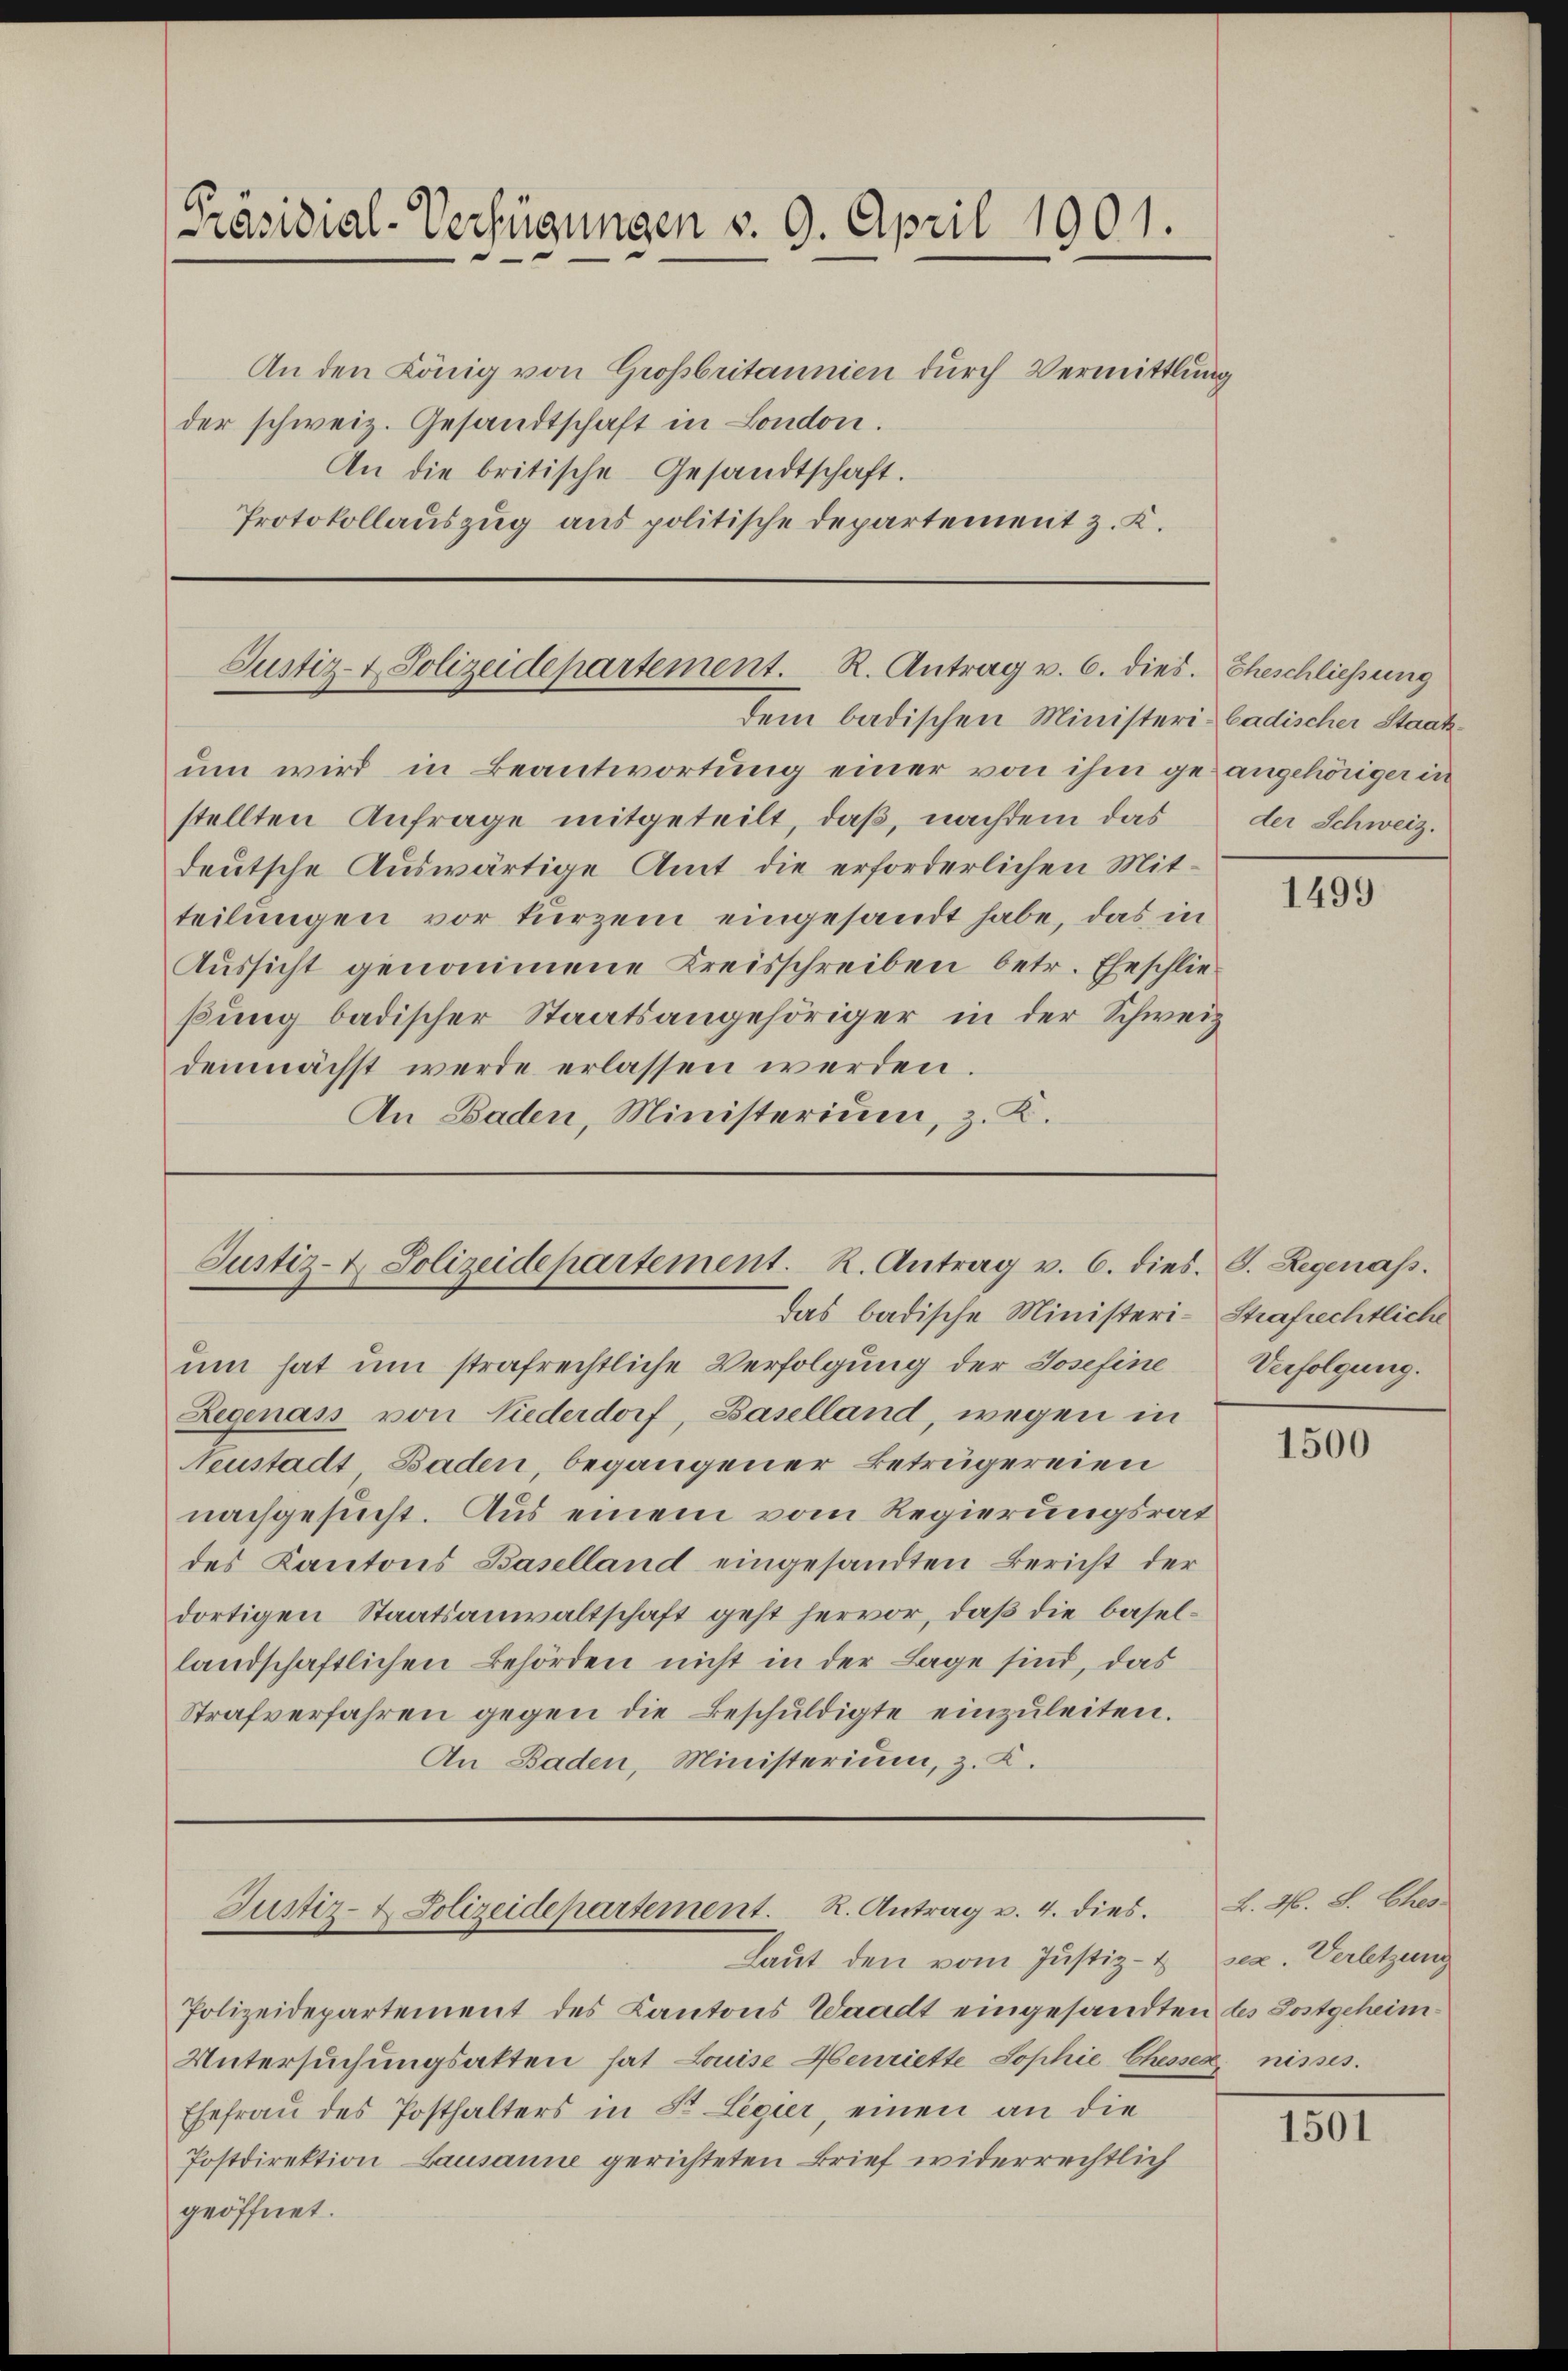
Präsidial-Verfügungen v. 9. April 1901.

An den König von Großbritannien durch Vermittlung
der schweiz. Gesandtschaft in London.
An die britische Gesandtschaft.
Protokollauszug aus politische Departement z. K.

Justiz- & Polizeidepartement. R. Antrag v. 6. dies. Eheschliessung
dem badischen Ministeri-Cadischer Staats¬

Justiz- & Polizeidepartement. K. Antrag v. 6. dies. S. Regenass.
das badische Ministeri-Strafrechtliche

ŭm wird in Beantwortŭng einer von ihm geangehöriger in
stellten Anfrage mitgeteilt, daß, nachdem das
deutsche Auswärtige Amt die erforderlichen Mitteilungen vor kurzem eingesandt habe, das in
Aussicht genommene Kreisschreiben betr. Eheschließung badischer Staatsangehöriger in der Schweiz
demnächst werde erlassen werden.
An Baden, Ministerium, z. K.

um hat um strafrechtliche Verfolgung der Josefine
Legenass von Niederdorf, Baselland, wegen in
Neustadt Baden, begangener Betrügereien
nachgesucht. Aus einem vom Regierungsrat
des Kantons Baselland eingesandten Bericht der
dortigen Staatsanwaltschaft geht hervor, daß die basellandschaftlichen Behörden nicht in der Lage sind, das
Strafverfahren gegen die Beschŭldigte einzŭleiten.
An Baden, Ministerium, z. K.

Justiz- & Polizeidepartement. R. Antrag v. 4. dies
Laŭt den vom Justiz-

Polizeidepartement des Kantons Waadt eingesandten des Sostgeheim¬
Untersuchungsakten hat Louise Henriette Sophie Chessen, nisses.
Ehefrau des Posthalters in St. Legier, einen an die
Postdirektion Lausanne gerichteten Brief widerrechtlich
geöffnet.

der Schweiz.

1499

Verfolgung.

1500

L. N. S. Ehes
ser. Verletzung

1501